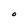
Character: O